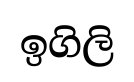
ඉගිලි